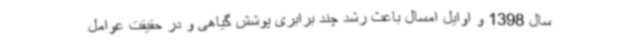
سال 1398 و اوایل امسال باعث رشد چند برابری پوشش گیاهی و در حقیقت عوامل